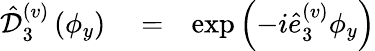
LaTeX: \begin{array}{rlr}{\hat{\mathcal D}_{3}^{(v)}\left(\phi_{y}\right)}&{{}=}&{\exp\left(-i\hat{e}_{3}^{(v)}\phi_{y}\right)}\end{array}